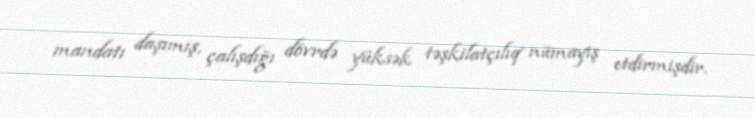
mandatı daşımış, çalışdığı dövrdə yüksək təşkilatçılıq nümayiş etdirmişdir.